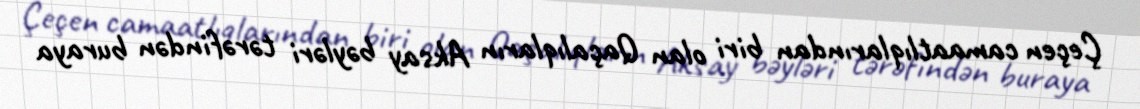
Çeçen camaatlıqlarından biri olan Qaçalıqların Aksay bəyləri tərəfindən buraya